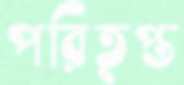
পরিতৃপ্ত